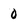
Character: 0